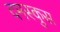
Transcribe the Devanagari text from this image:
दमस्कुस